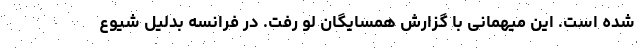
شده است. این میهمانی با گزارش همسایگان لو رفت. در فرانسه بدلیل شیوع